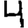
Digit: 4